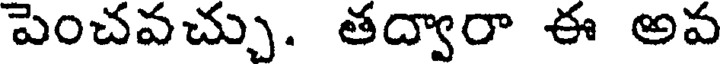
పెంచవచ్చు. తద్వారా ఈ అవ